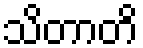
သိတာတိ